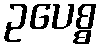
ဥပေစ္စ